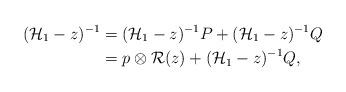
LaTeX: \begin{align*}(\mathcal{H}_{1} - z)^{-1} & = (\mathcal{H}_{1} - z)^{-1} P + (\mathcal{H}_{1} - z)^{-1} Q \\& = p \otimes \mathcal{R}(z) + (\mathcal{H}_{1} - z)^{-1} Q,\end{align*}